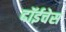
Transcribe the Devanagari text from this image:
दॉईचेस